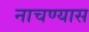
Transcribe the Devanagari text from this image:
नाचण्यास